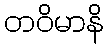
တဝိမာနိ